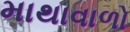
માથાવાળો